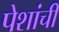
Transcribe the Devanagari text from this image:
पेशांची